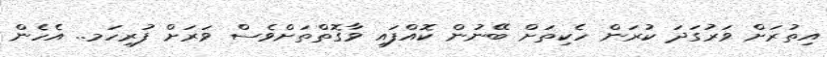
އިތުރަށް ވަރުގަދަ ކުރަން ހެކިތަށް ބޭނުން ކޮއްފައި ވާގޮތްތަށްވެސް ވަަރަށް ފުރިހަމ.. އެހެން